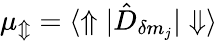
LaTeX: {\mu_{\Updownarrow}={\langle\Uparrow|\hat{D}_{\delta m_{j}}|\Downarrow\rangle}}